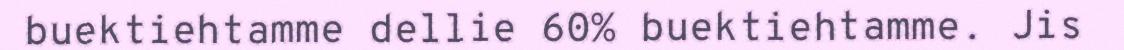
buektiehtamme dellie 60% buektiehtamme. Jis